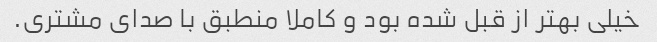
خیلی بهتر از قبل شده بود و کاملا منطبق با صدای مشتری.